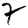
Digit: 7